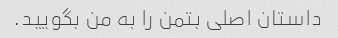
داستان اصلی بتمن را به من بگویید.